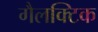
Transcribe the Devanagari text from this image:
गैलक्टिक